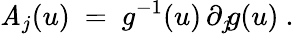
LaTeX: \mathit{A}_{j}(u)~=~g^{-1}(u)\, \partial_{j}\! g(u)~.